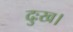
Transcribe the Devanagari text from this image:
दुःख।